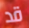
قد